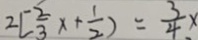
2 [ \frac { 2 } { 3 } x + \frac { 1 } { 2 } ) = \frac { 3 } { 4 } x